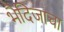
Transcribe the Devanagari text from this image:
भैदिजाचा